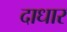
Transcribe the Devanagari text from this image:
दाधार